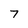
Character: 7